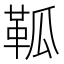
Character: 䩝